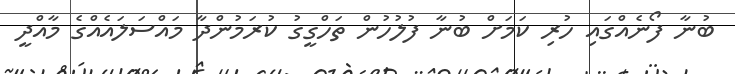
ބުނާ ފޯނެއްގައި ހުރި ކަމަށް ބުނާ ފުލުހުން ތަހްގީގު ކުރަމުންދާ މައްސަލައެއްގެ މާއްދީ